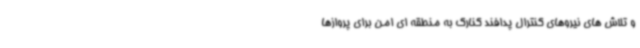
و تلاش های نیروهای کنترال پدافند کنارک به منطقه ای امن برای پروازها